Vital statistics of India. Vol. VI, European troops 1870-79
Year: 1870
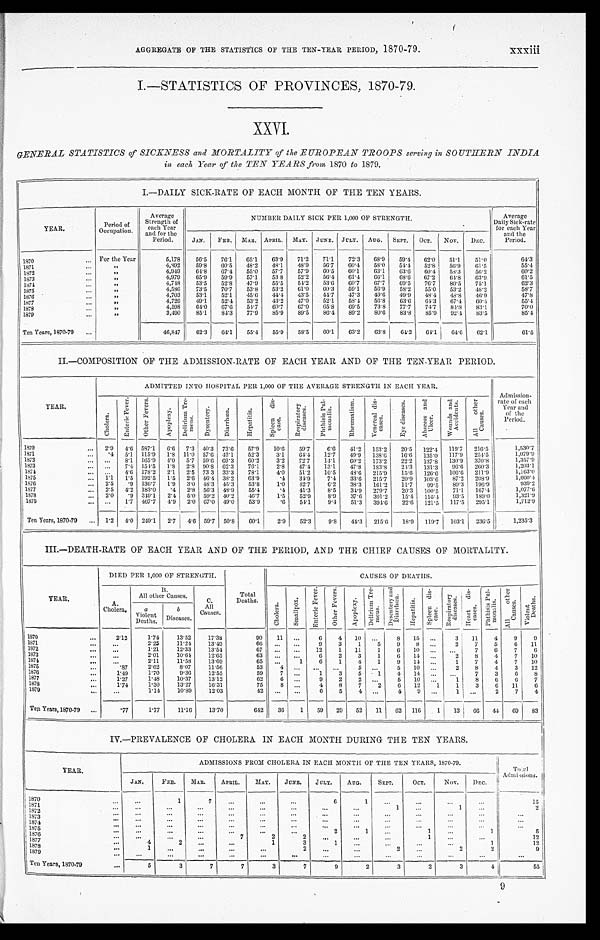
xxxiii
AGGREGATE OF THE STATISTICS OF THE TEN -YEAR PERIOD, 1870-79.
I.—STATISTICS OF PROVINCES, 1870-79.
XXVI.
GENERAL STATISTICS of SICKNSS and MORTALITY of the EUROPEAN TROOPS serving in SOUTHERN INDIA
in each Year of the TEN YEARS from 1870 to 1879.
I.—DAILY SICK-RATE OF EACH MONTH OF THE TEN YEARS.
Y E A R .
Period of
Occupation.
Average
Strength of
each Year
and for the
Period.
NUMBER DAILY SICK PER 1,000 OF STRENGTH.
Average
Daily Sick-rate
for each Year
and the
Period.
JAN.
FEB.
MAR. APRIL.
MAY.
JUNE. JULY.
AUG.
SEPT.
OCT.
Nov.
DEC.
For the Year
5,178
56.5
76.1
65.1
63.9
71.2
71.1
72.3
68.9
59.4
62.0
51.1
51.0
64.3
1970 . . .
4,892
59.8
60.5
48.2
48.1
48.9
56.7
60.4
58.0
54.4
52.8
56.9
61.5
55.4
"
1871 . . .
"
4,949
64.8
67.4
55.0
57.7
57.9
60.5
60.1
63.1
63.6
60.4
58.3
56.2
60.2
1872 . . .
"
4,979
65.9
59.9
57.1
53 8
52.2
56,4
61.4
66.1
68.6
67.2
64.8
63.9
61.5
1873 . . .
"
4,748
53.5
52.8
47.9
55.5
54.2
53.6
60.7
67.7
69.5
76.7
80.5
75.1
62.3
1874 . . .
"
4,586
73.5
70.7
53.8
53.2
61.0
60.3
59.1
56.9
58.2
55.0
53.2
48.2
58.7
1875 . . .
"
4,703
53.1
52.1
45.6
44.4
43.5
44.7
47.3
49.6
49.9
48.4
48.8
46.9
47.8
1876 . . .
"
4,726
49.1
52.4
53.2
43.2
47.0
52.1
58.4
56.8
63.6
64.3
67.4
60.4
55.4
1877 . . .
"
4,598
64.0
67.6
54.7
60.7
67.0
65.8
69.5
73.8
77.7
74.7
84.8
83.1
70.0
1878 . . .
"
3,490
85.1
84.3
77.9
85.9
89.5
86,4
89.2
80.6
83.8
85.9
92.4
83.5
85.4
1879 . . .
Ten Years, 1870-79 . . .
46,847
62.3
64.1
55.4
55.9
58.5
60.1
63.2
63.8
64.2
64.1
64. 6
62.1
61.5
II.—COMPOSITION OF THE ADMISSION-RATE OF EACH YEAR AND OF THE TEN-YEAR PERIOD.
YEAR.
ADMITTED INTO HOSPITAL PER 1,000 OF THE AVERAGE STRENGTH IN EACH YEAR.
Admission
-of each
Year and
of the
Period.
C h o l e r a .
E n t e r i c F e v e r .
O t h e r F e v e r s .
A p o p l e x y .
D e l i r i u m T r e - m e n s .
D y s e n t e r y .
D i r r h œ a .
H e p a t i t i s .
S p l e e n d i s - e a s e .
R e s p i r a t o r y d i s e a s e s .
P h t h i s i s P u l - m o n a l i s .
R h e u m a t i s m .
V e n e r e a l d i s - e a s e s .
E y e d i s e a s e s .
A b s e e s s a n d U l c e r .
W o u n d s a n d A c c i d e n t s .
A l l o t h e r C a u s e s .
1870 . . .
2.9
4.6 587.1
6.6
7.3 40.3
73.6
57.9
10.6
59.7
6.6
41.2
153.2
20.5
122.4
119.7
216.5
1,530.7
1,079.9
1871 . . .
.4
5.1
115.9
1.8
11.0 57.6
43.1
52.3
3.1
64.4
12.7
49.9
138.6
16.6
135.10
117.9
254.5
1,357.9
1872 . . .
. . .
8.1
165.9
4.0
5.7 59.6 69.3
60.2
3.2
72.7
14.1
60.2
173.2
22.2
137.8
130.9
370.8
1,203.1
1873 . . .
. . .
7.4 154.5
1.8
2 . 8 90.8
62.3
76.1
2.8
47.4
13.1
47.8
183.8
24.3
131.3
9 6 . 6
260.3
1,163.0
1874 . . .
. . .
4.6 178.2
2.1
2.5 73 3
33.3
78.1
4.0
51.2
10.5
48.6
215.9
15.6
126.6
106.6
211.9
1,060.4
1875 . . .
1.1
1.5 192.5
1.5
2.6 46.4 38.2
63.9
.4
34.9
7.4
33.6
215.7
20.9
103.6
87.2
208.9
939.2
1876 . . .
2.5
. 9 136.7
1.9
3.0 48.3
45.3
53.8
1.0
42.7
6.2
38.3
161.2
11.7
99.5
89.3
196.9
1,077.6
1877 . . .
2.5
4.2
183.0
.4
2.8
56.3
48.9
55.4
.4
41.3
8 . 5
34.9
279.7
20.3
100.5
71.1
167.4
1,321.9
1878 . . .
2 . 0
. 9 349.1
2.4
5.0 59.2 40.2
46.7
1.5
52.9
8.9
37.6
301,2
15.4
116.4
93.5
189.0
1,712.9
1879 . . .
. . .
1.7
467.7
4.9
2.0 67.0
49.0
53.9
.6
54.1
9.4
51.3
394.6
22.6
121.5
117.5
295.1
Ten Years, 1870-79
. . . 1.2
4.0
249.1
2.7
4.6 59.7
50.8
60.1
2.9
52.3
9.8
44.3
215.6
18.9
119.7
103.1
236.5
1,235.3
III.—DEATH-RATE OF EACH YEAR AND OF THE PERIOD, AND THE CHIEF CAUSES OF MORTALITY.
YEAR.
DIED PER 1,000 OF STRENGTH.
Total
Deaths.
CAUSES OF DEATHS.
A.
Cholera.
B.
All other Causes.
C.
All
Causes.
Chol era.
S ma l l p o x .
En t e r i c F e v e r .
O t h e r F e v e r s .
Apopl exy.
D e l i r i u m T r e - me n s .
D y s e n t e r y a n d D i a r r h œ a .
He p a t i t i s .
S p l e e n d i s - e a s e s .
R e s p i r a t o r y d i s e a s e s .
He a r t d i s e a s e s .
P h t h i s i s P u l - m o n a l i s .
Al l o t h e r C a u s e s .
V i o l e n t D e a t h s .
a
Violent
Deaths.
b
Diseases
1870 . . .
2.12
1.74
13.52
17.38
90
11
. . .
6
4
10
. . .
8
15
. . .
3
11
4
9
9
1871 . . .
. . .
2.25
11.24
13.49
6 6
. . .
. . .
9
3
1
5
9
8
. . .
2
7
5
6
11
1972 . . .
. . .
1.21
12.33
13.54
6 7
. . .
. . .
12
1
11
1
6
10
. . .
. . .
7
6
7
6
1873 . . .
. . .
2.01
10.64
12.65
63
. . .
. . .
6
2
3
1
6
14
. . .
2
8
4
7
10
1874 . . .
. . .
2.11
11.58
13.69
65
. . .
1
6
1
4
1
9
14
. . .
1
7
4
7
10
1875 . . .
.87
2.62
8.07
11.56
53
4
. . .
. . .
. . .
5
. . .
5
10
. . .
2
8
4
3
12
1876 . . .
1.49
1.70
9.36
12.55
59
7
. . .
1
3
5
1
4
1 4
. . .
. . .
7
3
6
8
1877 . . .
1.27
1.48
10.37
13.12
62
6
. . .
9
2
2
. . .
5
10
. . .
1
8
6
6
7
1878 . . .
1.74
1.30
13.27
16.31
75
8
. . .
4
8
7
2
6
12
1
1
3
6
11
6
1879 . . .
. . .
1.14
10.89
12.03
42
. . .
. . .
6
5
4
. . .
4
9
. . .
1
. . .
2
7
4
Ten Years, 1870-79 . . .
.77
1.77
11.16
13.70
642
36
1
59
29
52
11
62
116
1
13
66
44
69
8 3
IV.—PREVALENCE OF CHOLERA IN EACH MONTH DURING THE TEN YEARS.
YEAR.
ADMISSIONS FROM CHOLERA IN EACH MONTH OF THE TEN YEARS, 1870-79.
Total Admissions.
JAN.
FEB.
MAR.
APRIL.
MAY.
JUNE.
JULY.
AUG.
SEPT.
OCT.
Nov.
DEC.
1 8 7 0 . . .
. . .
1
7
. . .
. . .
. . .
6
1
. . .
. . .
. . .
. . .
15
1 8 7 1 . . .
2
. . .
. . .
. . .
. . .
. . .
. . .
. . .
. . .
1
. . .
1
. . .
1 8 7 2 . . .
. . .
. . .
. . .
. . .
. . .
. . .
. . .
. . .
. . .
. . .
. . .
. . .
. . .
1873 . . .
. . .
. . .
. . .
. . .
. . .
. . .
. . .
. . .
. . .
. . .
. . .
. . .
. . .
1 8 7 4 . . .
. . .
. . .
. . .
. . .
. . .
. . .
. . .
. . .
. . .
. . .
. . .
. . .
. . .
1875 . . .
. . .
. . .
. . .
. . .
. . .
. . .
2
1
. . .
1
. . .
1
5
1 8 7 6 . . .
12
7
2
2
. . .
. . .
. . .
. . .
. . .
. . .
1
. . .
. . .
1877 . . .
4
2
. . .
. . .
1
3
1
. . .
. . .
. . .
. . .
1
12
1 8 7 8 . . .
1
. . .
. . .
. . .
2
. . .
. . .
2
. . .
2
2
9
. . .
1879 . . .
. . .
. . .
. . .
. . .
. . .
. . .
. . .
. . .
. . .
. . .
. . .
. . .
. . .
Ten Years, 1870-79 . . .
5
3
7
7
3
7
9
2
3
2
3
4
55
9